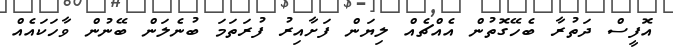
އޮފީސް ދަތުރާ ބެހޭގޮތުން އެއްޗެއް ލިޔަން ފަށާއިރު ފުރަތަމަ ބުނެލަން ބޭނުން ވާހަކައެއް